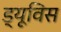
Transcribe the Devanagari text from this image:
ड्यूविस